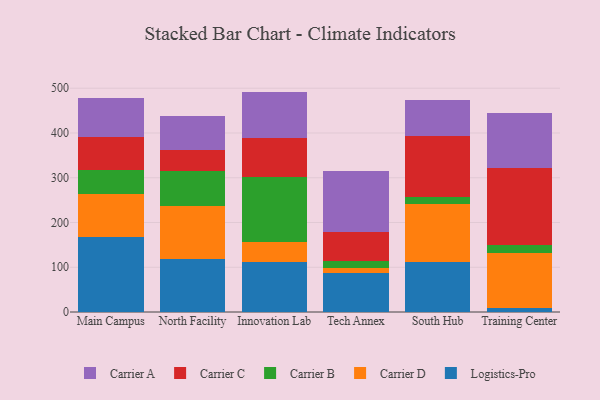
{"axis": {"x": "Campus", "y": "Headcount"}, "legend": ["Carrier A", "Carrier B", "Carrier C", "Carrier D", "Logistics-Pro"], "data": [{"x": "Main Campus", "y": 166.8, "type": "Logistics-Pro"}, {"x": "Main Campus", "y": 97.8, "type": "Carrier D"}, {"x": "Main Campus", "y": 53.4, "type": "Carrier B"}, {"x": "Main Campus", "y": 73.6, "type": "Carrier C"}, {"x": "Main Campus", "y": 86.3, "type": "Carrier A"}, {"x": "North Facility", "y": 118.1, "type": "Logistics-Pro"}, {"x": "North Facility", "y": 118.5, "type": "Carrier D"}, {"x": "North Facility", "y": 77.5, "type": "Carrier B"}, {"x": "North Facility", "y": 48.9, "type": "Carrier C"}, {"x": "North Facility", "y": 74.5, "type": "Carrier A"}, {"x": "Innovation Lab", "y": 111.4, "type": "Logistics-Pro"}, {"x": "Innovation Lab", "y": 44.8, "type": "Carrier D"}, {"x": "Innovation Lab", "y": 144.7, "type": "Carrier B"}, {"x": "Innovation Lab", "y": 87.5, "type": "Carrier C"}, {"x": "Innovation Lab", "y": 104.1, "type": "Carrier A"}, {"x": "Tech Annex", "y": 86.2, "type": "Logistics-Pro"}, {"x": "Tech Annex", "y": 12.5, "type": "Carrier D"}, {"x": "Tech Annex", "y": 14.8, "type": "Carrier B"}, {"x": "Tech Annex", "y": 65.5, "type": "Carrier C"}, {"x": "Tech Annex", "y": 135.4, "type": "Carrier A"}, {"x": "South Hub", "y": 111.1, "type": "Logistics-Pro"}, {"x": "South Hub", "y": 130.9, "type": "Carrier D"}, {"x": "South Hub", "y": 14.6, "type": "Carrier B"}, {"x": "South Hub", "y": 137.4, "type": "Carrier C"}, {"x": "South Hub", "y": 80.7, "type": "Carrier A"}, {"x": "Training Center", "y": 9.3, "type": "Logistics-Pro"}, {"x": "Training Center", "y": 123.5, "type": "Carrier D"}, {"x": "Training Center", "y": 16.7, "type": "Carrier B"}, {"x": "Training Center", "y": 172.2, "type": "Carrier C"}, {"x": "Training Center", "y": 122.7, "type": "Carrier A"}]}